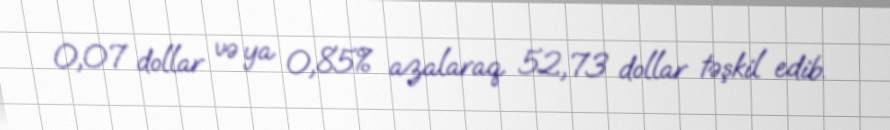
0,07 dollar və ya 0,85% azalaraq 52,73 dollar təşkil edib.